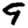
Digit: 9